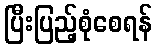
ပြီးပြည့်စုံစေရန်